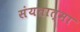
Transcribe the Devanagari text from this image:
संयतात्मा